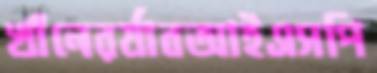
খাঁনেরর‍্যাবআইএসপি